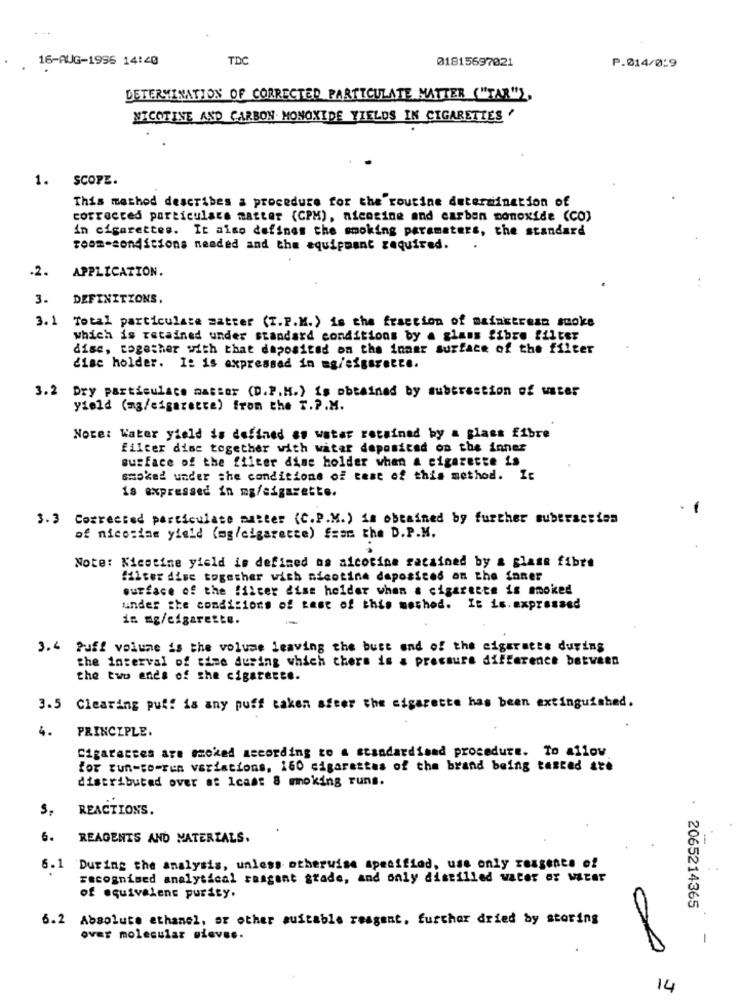
16-AUG-1996 14:40
TDC
01815697021
P.014/0:9
DETERMINATION OF CORRECTED PARTICULATE MATTER ("TAR"),
NICOTINE AND CARBON MONOXIDE YIELDS IN CIGARETTES '
1.
SCOPE.
This method describes a procedure for the routine determination of
corrected particulars matter (CPM), nicotine and carbon monoxide (CO)
in cigarettes. It also defines the smoking paramaters, the standard
room-conditions neaded and the equipment zequired.
-2.
APPLICATION.
3.
DEFINITIONS,
3. 1 Total particulate matter (Z.P.M.) is the fraction of mainstrean stoke
which is retained under standard conditions by a glass fibre filter
dise, together with that deposited on the inner surface of the filter
disc holder. It is expressed in mg/cigarette.
3.2 Dry particulace matter (D.P.M.) is obtained by subtraction of water
yield (mg/cigarette) from the T.P.M.
Note: Water yield is defined as water retained by a glass fibre
filter disc together with witar deposited on the inner
surface of the filter dine holder when a cigarette is
smoked under the conditions of cast of this method. It
is expressed in mg/sigarette.
3.3 Corrected particulate matter (C.P.M.) is obtained by further subtraction
of nicotine yield (mg/cigarette) from the D.P.M.
Note: Nicotine yield is defined as aicocine racained by a glass fibre
filter dise together with nicotine deposited an the faner
surface of the filter dise holder when a cigarette is smoked
under the conditions of test of this method. It is.expressed
in mg/cigarette.
3.4 Puff volume is the volume leaving the bust end of the cigarette during
the interval of time during which there is a pressure difference between
the two ends of the cigarette.
3.5 Clearing puff is any puff taken sfeer the sigarette has been extinguished.
4.
PRINCIPLE.
Cigarettes are moked according to a standardised procedure. To allow
for Fun-to-ren variations, 160 cigarettes of the brand being tested are
distributed over at Icast 8 mmoking runs.
s.
REACTIONS.
6.
REAGENTS AND MATERIALS.
6.1
During the analysis, unless otherwise specified, use only reagents of
recognised analytical raagent grade, and only distilled water of water
of equivalent purity.
. 2065214365
6.2 Absolute athanel, or other suitable reagent, further dried by storing
over molecular gieves.
-
00
14